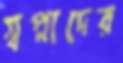
স্বপ্নাদের